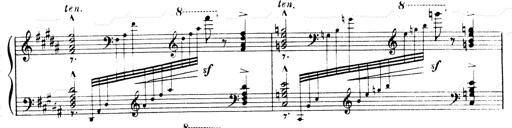
Title: Andante Finale und Marsch aus der Oper KÃ¶nig Alfred
Composer: Franz Liszt